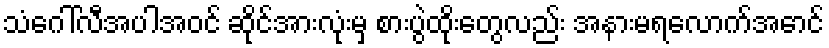
သံဂေါ်လီအပါအဝင် ဆိုင်အားလုံးမှ စားပွဲထိုးတွေလည်း အနားမရလောက်အောင်